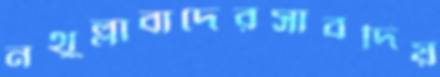
নথুল্লাবাদেরসাবদিয়